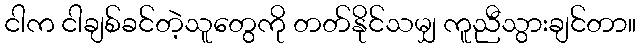
ငါက ငါချစ်ခင်တဲ့သူတွေကို တတ်နိုင်သမျှ ကူညီသွားချင်တာ။